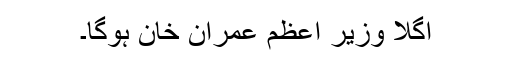
اگلا وزیر اعظم عمران خان ہوگا۔